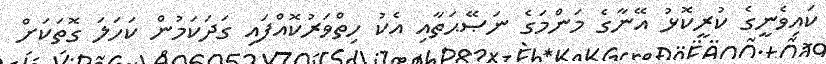
ކައިވެނީގެ ކުރީކޮޅު އޭނާގެ މަންމަގެ ނަޞޭޙަތާއި އެކު ހިތްވަރުކޮއްފައި ގަދަކަމުން ކަހަލަ ގޮތަކަށް